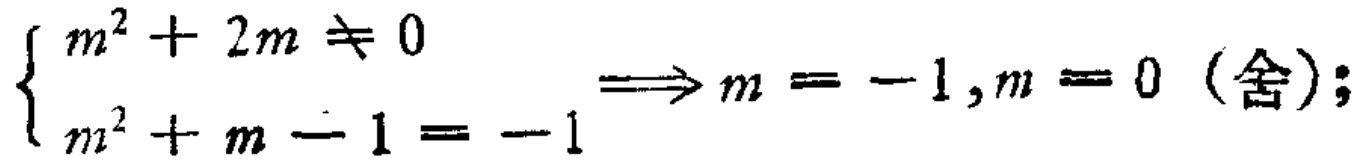
$\left\{\begin{array}{l}m^{2}+2m\neq 0\\m^{2}+m - 1=-1\end{array}\right.\Longrightarrow m=-1,m = 0\ (\text{舍});$